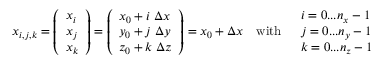
\begin{array} { r } { \boldsymbol { x } _ { i , j , k } = \left( \begin{array} { l } { x _ { i } } \\ { x _ { j } } \\ { x _ { k } } \end{array} \right) = \left( \begin{array} { l } { x _ { 0 } + i \; \Delta x } \\ { y _ { 0 } + j \; \Delta y } \\ { z _ { 0 } + k \; \Delta z } \end{array} \right) = \boldsymbol { x } _ { 0 } + \Delta \boldsymbol { x } \quad \mathrm { w i t h } \quad \begin{array} { l } { i = 0 . . . n _ { x } - 1 } \\ { j = 0 . . . n _ { y } - 1 } \\ { k = 0 . . . n _ { z } - 1 } \end{array} } \end{array}